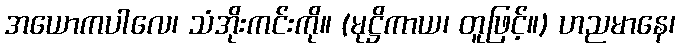
အယောကပါလေ၊ သံအိုးကင်းကို။ (မုဋ္ဌိကာယ၊ တူဖြင့်။) ဟညမာနေ၊